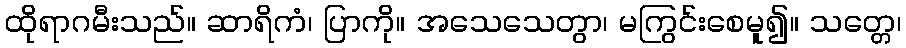
ထိုရာဂမီးသည်။ ဆာရိကံ၊ ပြာကို။ အသေသေတွာ၊ မကြွင်းစေမူ၍။ သတ္တေ၊